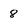
Character: 8